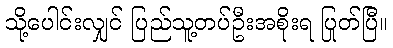
သို့ပေါင်းလျှင် ပြည်သူ့တပ်ဦးအစိုးရ ပြုတ်ပြီ။